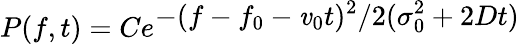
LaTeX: P(f,t)=Ce^{\displaystyle-(f-f_{0}-\mathit{v}_{0}t)^{2}/2(\sigma_{0}^{2}+2Dt)}